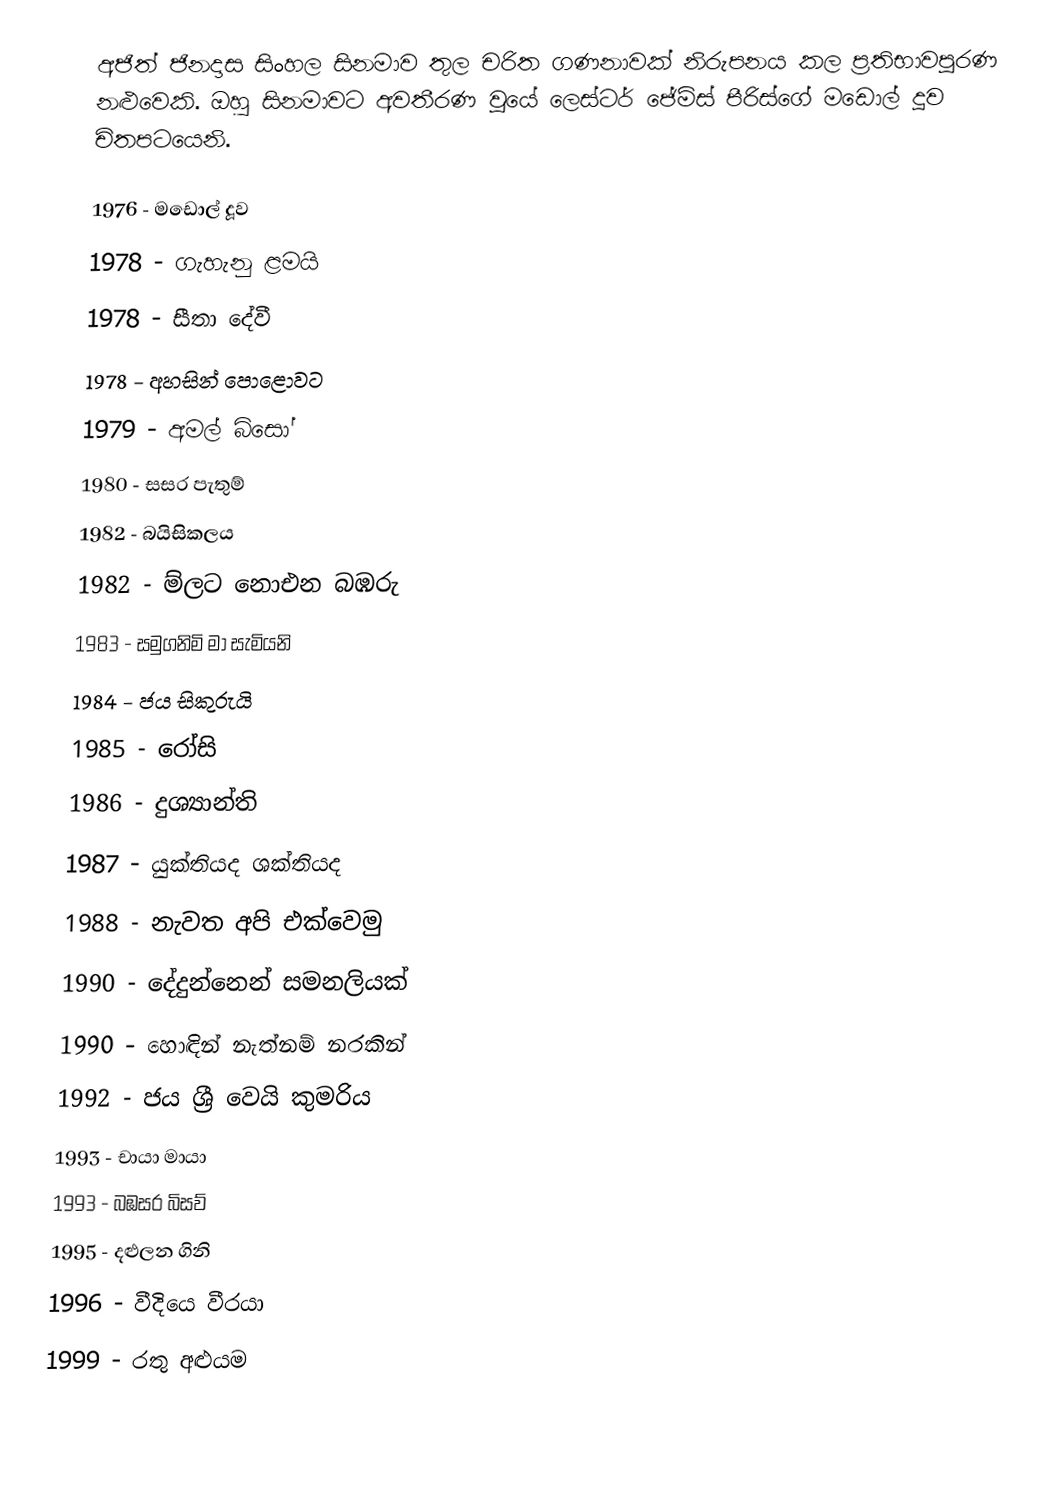
අජිත් ජිනදාස සිංහල සිනමාව තුල චරිත ගණනාවක් නිරුපනය කල ප්‍රතිභාවපූරණ නළුවෙකි. ඔහු සිනමාවට අවතීරණ වූයේ ලෙස්ටර් ජේම්ස් පීරිස්ගේ මඩොල් දූව චිතපටයෙනි.

1976 - මඩොල් දූව
1978 - ගැහැනු ළමයි
1978 - සීතා දේවී
1978 - අහසින් පොළොවට
1979 - අමල් බිසෝ
1980 - සසර පැතුම්
1982 - බයිසිකලය
1982 - ම්ලට නොඑන බඹරු
1983 - සමුගනිමි මා සැමියනි
1984 - ජය සිකුරුයි
1985 - රෝසි
1986 - දුශ්‍යාන්ති
1987 - යුක්තියද ශක්තියද
1988 - නැවත අපි එක්වෙමු
1990 - දේදුන්නෙන් සමනලියක්
1990 - හොඳින් නැත්නම් නරකින්
1992 - ජය ශ්‍රී වෙයි කුමරිය
1993 - චායා මායා
1993 - බඹසර බිසව්
1995 - දළුලන ගිනි
1996 - වීදියෙ වීරයා
1999 - රතු අළුයම